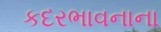
કદરભાવનાના